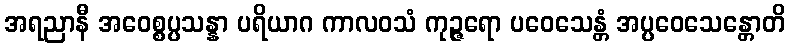
အရညာနီ အဝေစ္စပ္ပသန္နာ ပရိယာဂ ကာလဝသံ ကုဉ္ဇရော ပဝေသေန္တံ အပ္ပဝေသေန္တောတိ